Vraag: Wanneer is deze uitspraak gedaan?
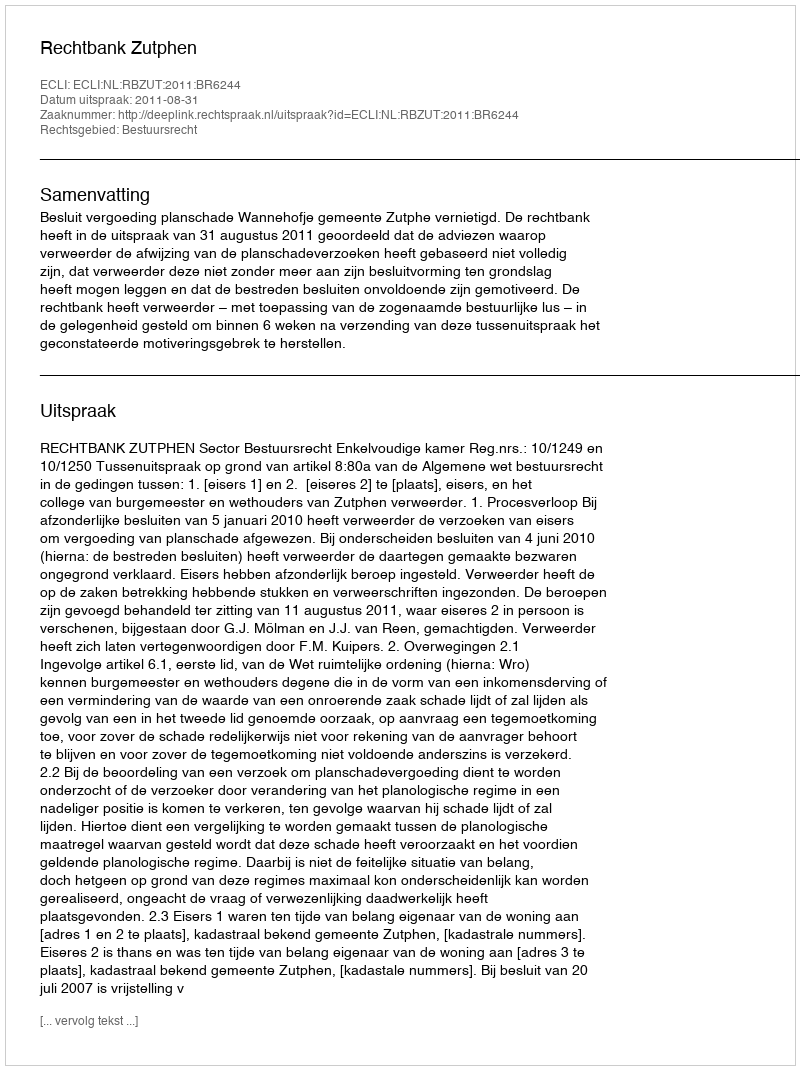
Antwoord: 2011-08-31